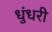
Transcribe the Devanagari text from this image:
धुंधरी